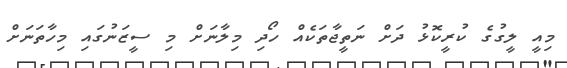
މިއީ ލީގުގެ ކުރީކޮޅު ދަށް ނަތީޖާތަކެއް ހޯދި މިލާނަށް މި ސީޒަނުގައި މިހާތަނަށް